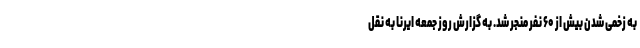
به زخمی شدن بیش از ۶۰ نفر منجر شد. به گزارش روز جمعه ایرنا به نقل